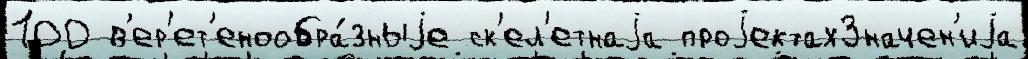
100 в'ер'ет'енообра́зныjе ск'ел'етнаjа проjектахЗначен'иjа